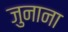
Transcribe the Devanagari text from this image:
जुनाना